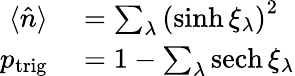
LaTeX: \begin{array}{rl}{\langle\hat{n}\rangle}&{{}=\sum_{\lambda}\left(\sinh\xi_{\lambda}\right)^{2}}\\ {p_{\mathrm{trig}}}&{{}=1-\sum_{\lambda}\mathrm{sech}\, \xi_{\lambda}}\end{array}